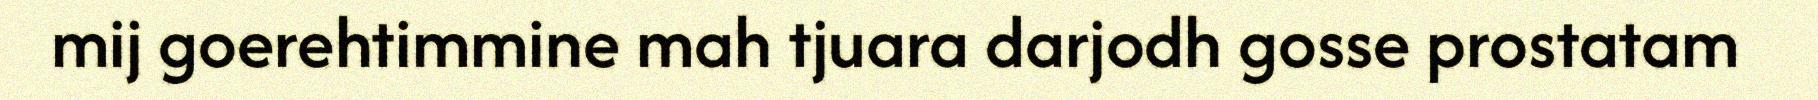
mij goerehtimmine mah tjuara darjodh gosse prostatam